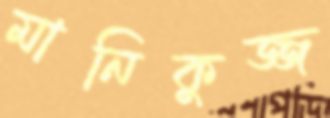
মানিকুজ্জ